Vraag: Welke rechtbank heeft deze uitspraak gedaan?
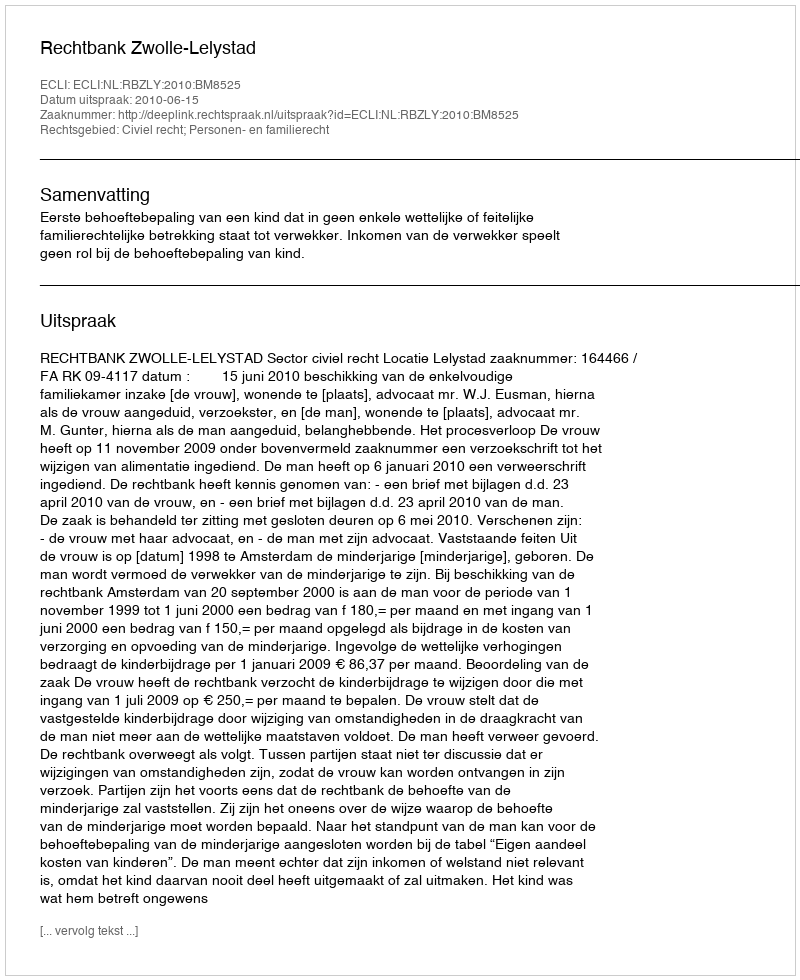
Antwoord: Rechtbank Zwolle-Lelystad